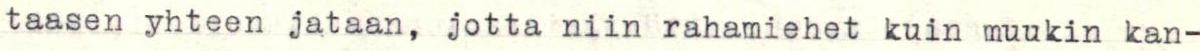
taasen yhteen jataan, jotta niin rahamiehet kuin muukin kan-